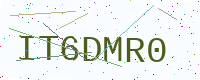
Text: IT6DMR0